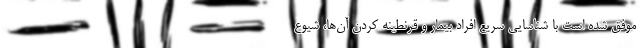
موفق شده است با شناسایی سریع افراد بیمار و قرنطینه کردن آن‌ها، شیوع